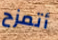
أتمزح